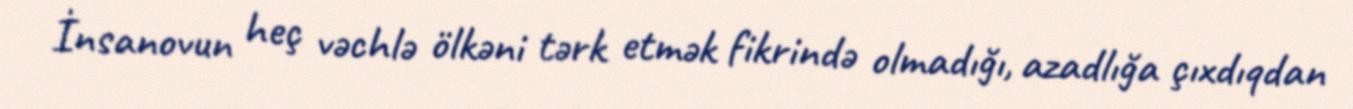
İnsanovun heç vəchlə ölkəni tərk etmək fikrində olmadığı, azadlığa çıxdıqdan